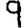
Digit: 9